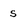
Character: s